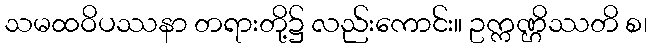
သမထဝိပဿနာ တရားတို့၌ လည်းကောင်း။ ဥက္ကဏ္ဌိဿတိ စ၊